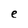
Character: e